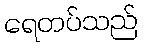
ရေတပ်သည်